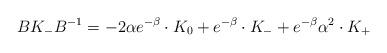
LaTeX: \begin{align*}BK_-B^{-1}= - 2\alpha e^{-\beta}\cdot K_0+e^{-\beta}\cdot K_- + e^{-\beta}\alpha^2\cdot K_+\end{align*}